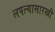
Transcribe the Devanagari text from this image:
लपल्यासारखी